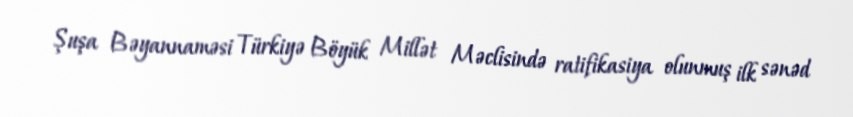
Şuşa Bəyannaməsi Türkiyə Böyük Millət Məclisində ratifikasiya olunmuş ilk sənəd